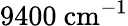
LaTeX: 9400~\mathrm{{cm}^{-1}}